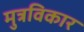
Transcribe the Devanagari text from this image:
मुत्रविकार